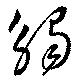
觸